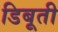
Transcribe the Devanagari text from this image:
डिबूती